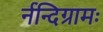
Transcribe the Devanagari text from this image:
र्नन्दिग्रामः